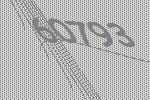
60793